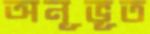
অনূভূত